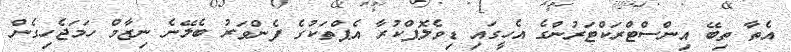
އެތާ ތިބޭ އިންސްޓްރަކްޓަރުންގެ އެހީގައި ޑިވެލޮޕްކުރާ އެޕްތަކުގެ ފެންވަރު ބެލޭނެ ނިޒާމް ހަމަޖެހިގެން